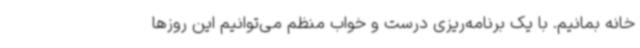
خانه بمانیم. با یک برنامه‌ریزی درست و خواب منظم می‌توانیم این روزها